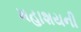
મહાશયની